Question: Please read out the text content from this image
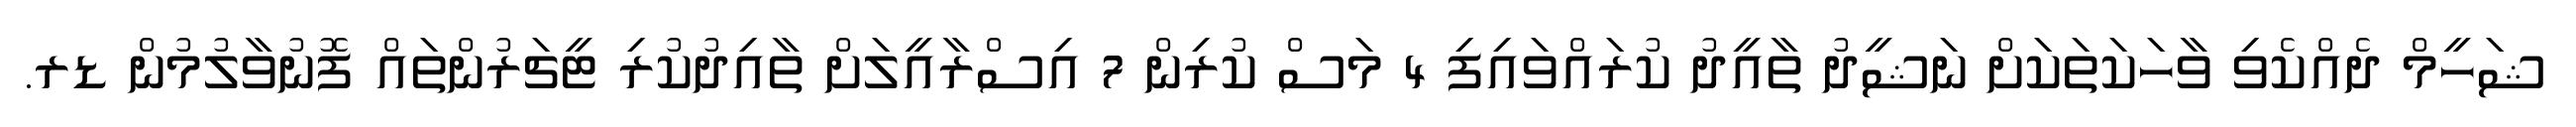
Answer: ޝަހީމް ދެއްކެވި ވާހަކަތަކަށް ނަޝީދު ތާއީދު ކުރައްވައިފި 4 މަސް ކުރިން 7 އިސްރާއީލަށް ތާއިދުކުރި ޓީޗަރުންތައް ފޮނުވާލުމުން ޑރ.